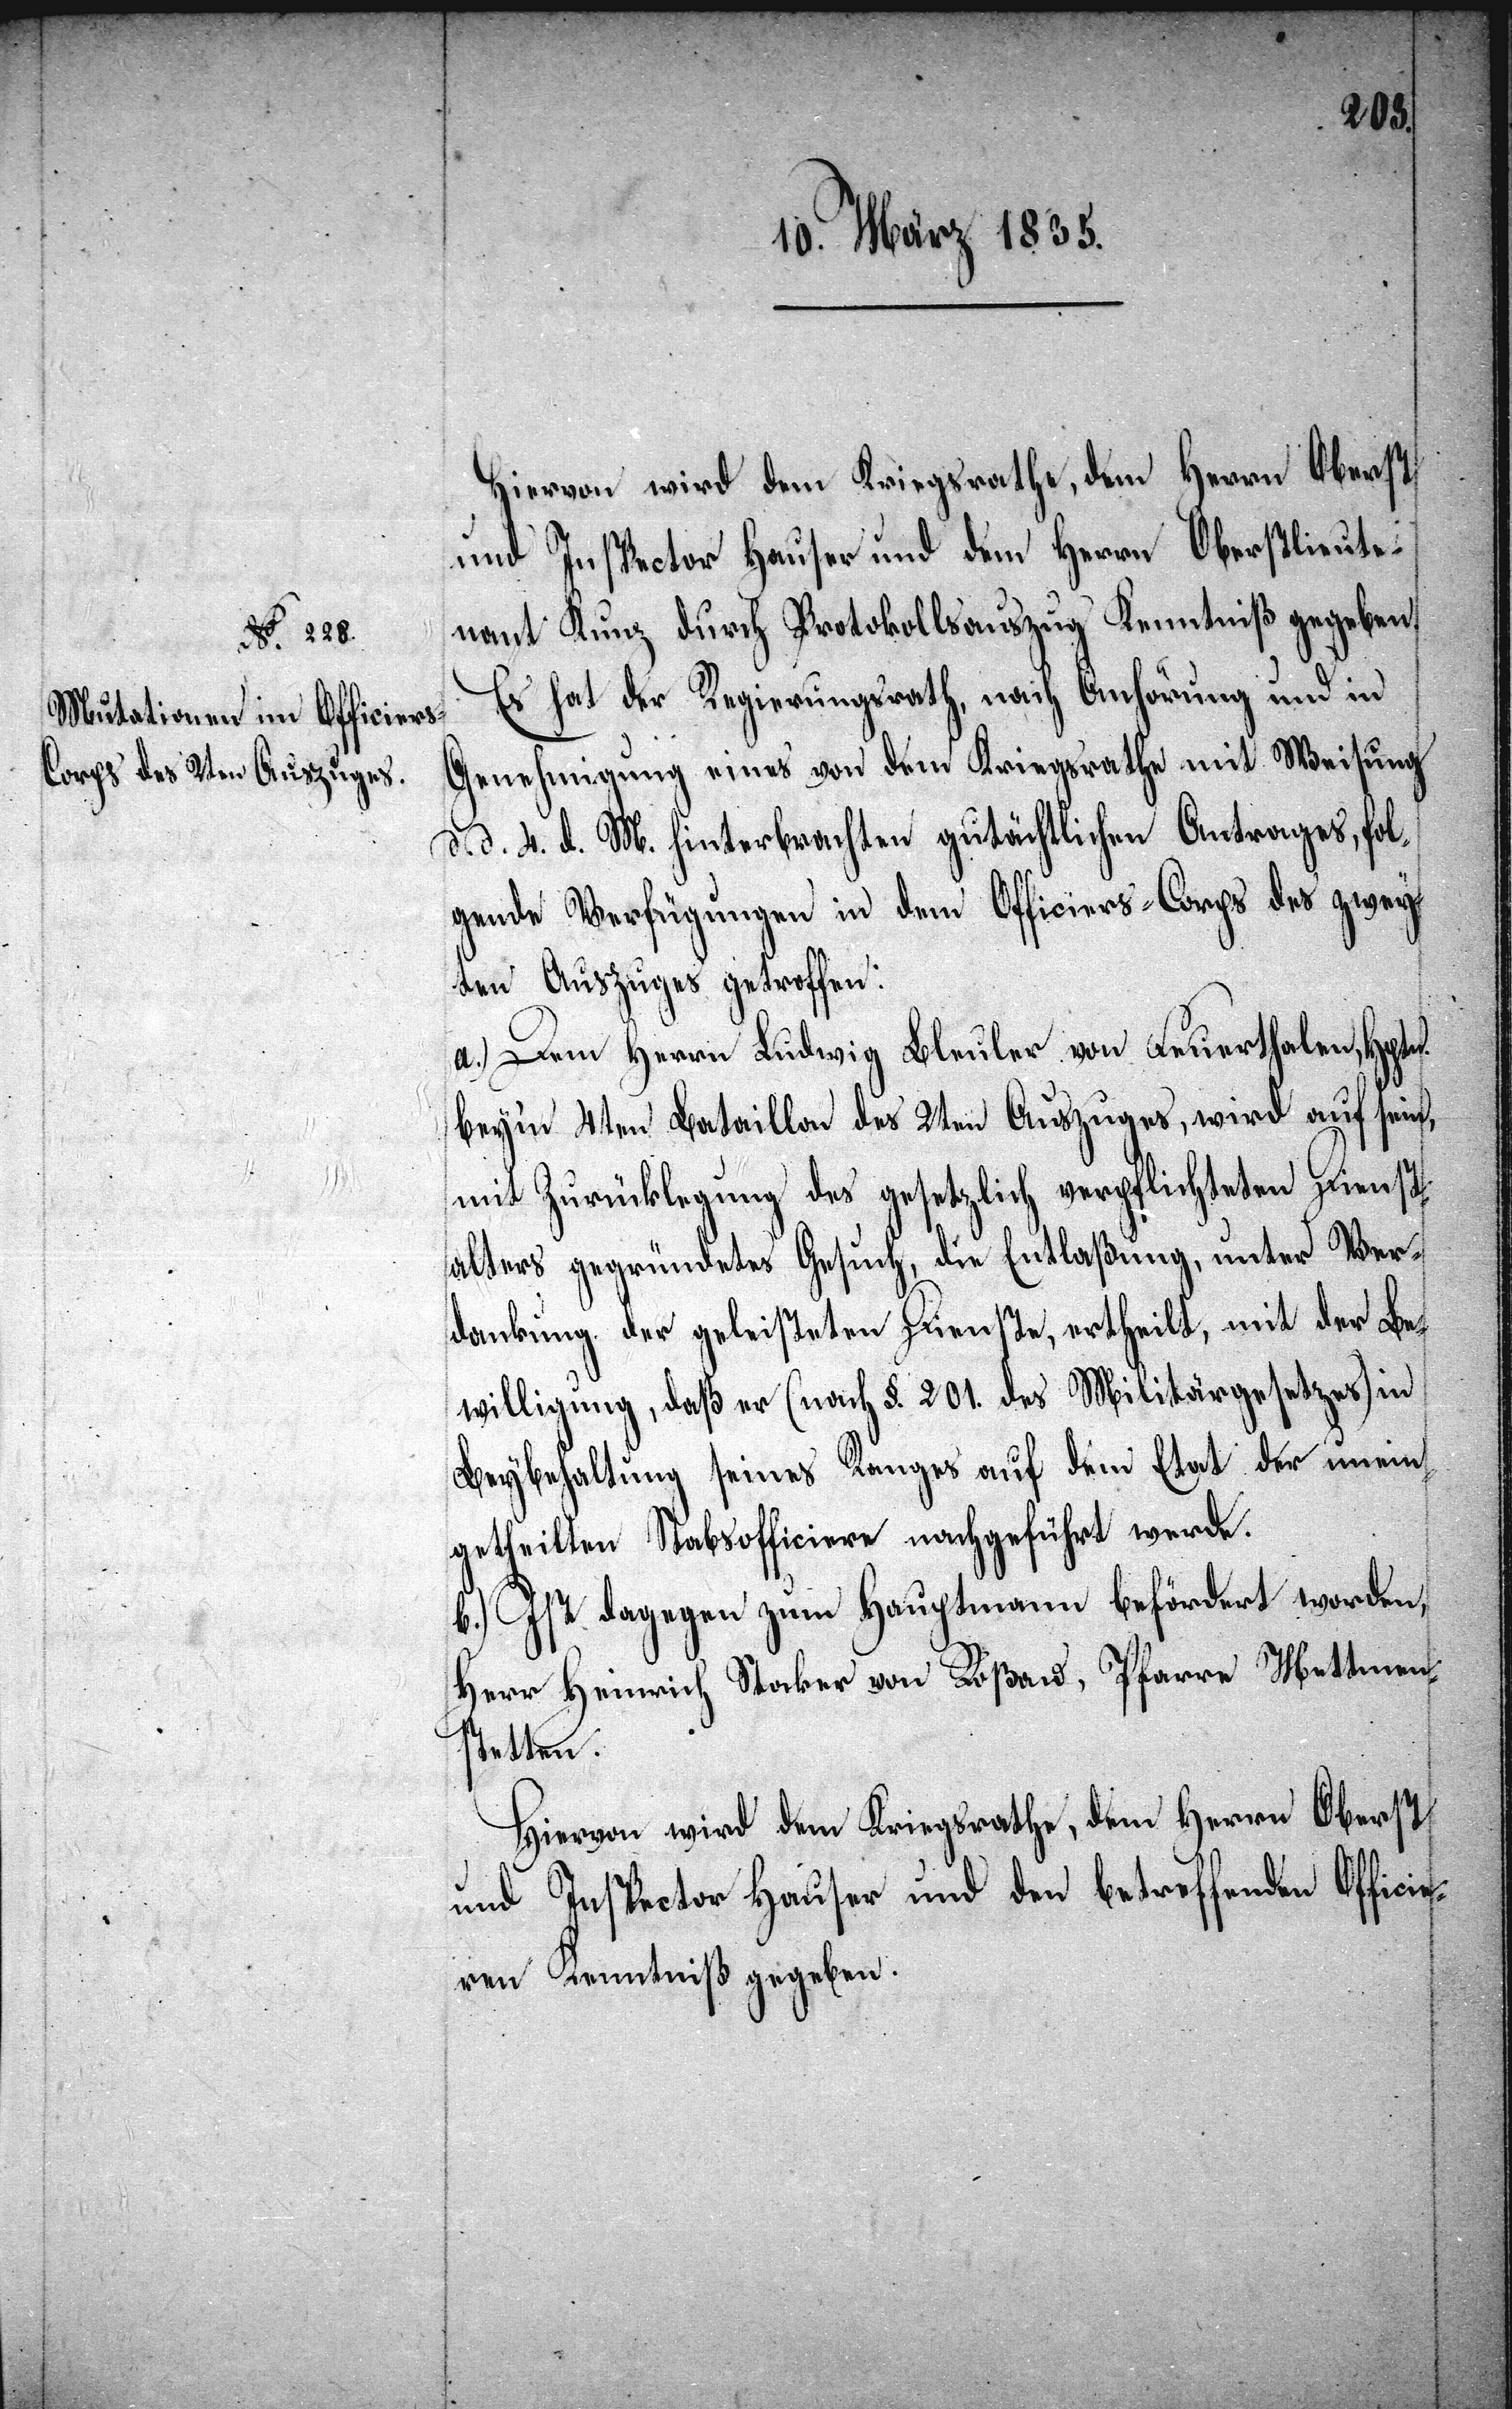
Hiervon wird dem Kriegsrath, dem Herrn Oberst
und Inspector Hauser und dem Herrn Oberstlieute¬
nant Kunz durch Protokollsauszug Kenntniß gegeben.
Es hat der Regierungsrath, nach Anhörung und in
Genehmigung eines von dem Kriegsrathe mit Weisung
d. d. 4. d. M. hinterbrachten gutächtlichen Antrages, fol¬
gende Verfügungen in dem Officiers-Corps des zwey¬
ten Auszuges getroffen:
a.) Dem Herrn Ludwig Schuler von Feuerthalen, Hptm.
beym 4ten Bataillon des 2ten Auszuges, wird auf sein,
mit Zurücklegung des gesetzlich verpflichteten Dienst¬
alters gegründetes Gesuch, die Entlaßung, unter Ver¬
dankung der geleisteten Dienste, ertheilt, mit der Be¬
willigung, daß er (nach §. 201. des Militärgesetzes) in
Beybehaltung seines Ranges auf dem Etat der unein¬
getheilten Stabsofficiere nachgeführt werde.
b.) Ist dagegen zum Hauptmann befördert worden,
Herr Heinrich Stocker von Roßau, Pfarre Mettmen¬
stetten.
Hiervon wird dem Kriegsrathe, dem Herrn Oberst
und Inspector Hauser und den betreffenden Officie¬
ren Kenntniß gegeben.